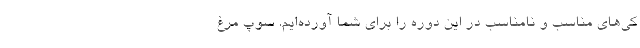
کی‌های مناسب و نامناسب در این دوره را برای شما آورده‌ایم. سوپ مرغ